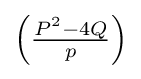
\left({\tfrac {P^{2}-4Q}{p}}\right)